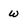
Character: w